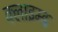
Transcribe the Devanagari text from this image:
क्लाइम्ड